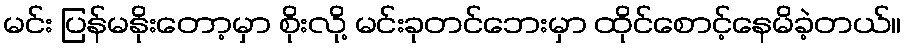
မင်း ပြန်မနိုးတော့မှာ စိုးလို့ မင်းခုတင်ဘေးမှာ ထိုင်စောင့်နေမိခဲ့တယ်။